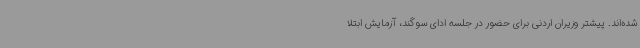
شده‌اند. پیشتر وزیران اردنی برای حضور در جلسه ادای سوگند، آزمایش ابتلا